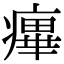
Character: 𤹝